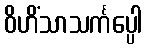
ဝိဟိံသာသင်္ကပ္ပေါ